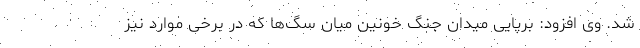
شد. وی افزود: برپایی میدان جنگ خونین میان سگ‌ها که در برخی موارد نیز